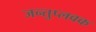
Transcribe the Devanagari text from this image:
जन्तुप्लवक